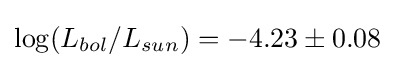
\log(L_{bol}/L_{sun})=-4.23\pm 0.08